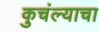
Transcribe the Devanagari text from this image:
कुचंल्याचा